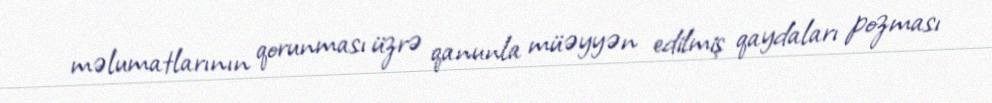
məlumatlarının qorunması üzrə qanunla müəyyən edilmiş qaydaları pozması